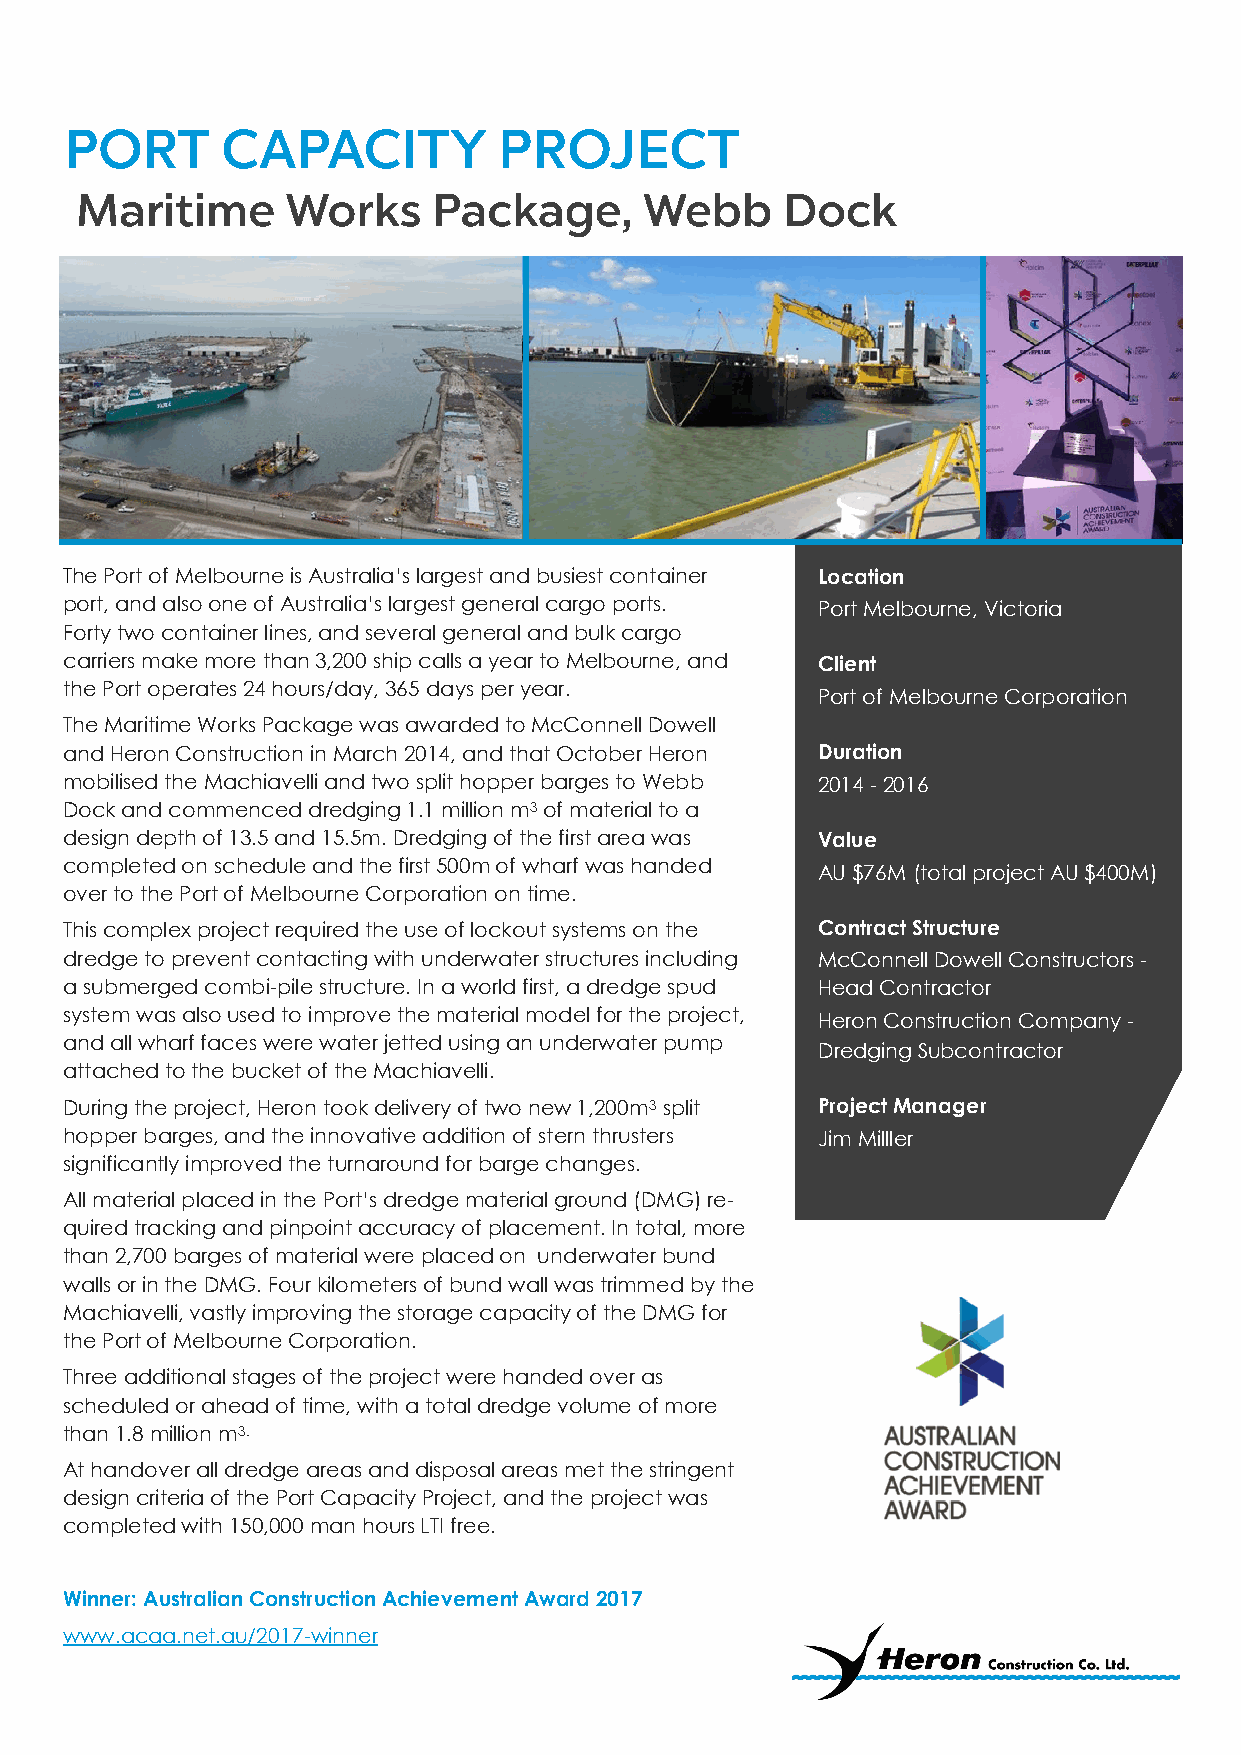
The Port of Melbourne is Australia’s largest and busiest container Location
 port, and also one of Australia’s largest general cargo ports. Port Melbourne, Victoria
 Forty two container lines, and several general and bulk cargo
 carriers make more than 3,200 ship calls a year to Melbourne, and Client
 the Port operates 24 hours/day, 365 days per year.
 Port of Melbourne Corporation
 The Maritime Works Package was awarded to McConnell Dowell
 and Heron Construction in March 2014, and that October Heron Duration
 mobilised the Machiavelli and two split hopper barges to Webb 2014 - 2016
 Dock and commenced dredging 1.1 million m3 of material to a
 design depth of 13.5 and 15.5m. Dredging of the first area was Value
 completed on schedule and the first 500m of wharf was handed
 AU $76M (total project AU $400M)
 over to the Port of Melbourne Corporation on time.
 This complex project required the use of lockout systems on the Contract Structure
 dredge to prevent contacting with underwater structures including McConnell Dowell Constructors -
 a submerged combi-pile structure. In a world first, a dredge spud Head Contractor
 system was also used to improve the material model for the project, Heron Construction Company -
 and all wharf faces were water jetted using an underwater pump
 Dredging Subcontractor
 attached to the bucket of the Machiavelli.
 During the project, Heron took delivery of two new 1,200m3 split Project Manager
 hopper barges, and the innovative addition of stern thrusters Jim Milller
 significantly improved the turnaround for barge changes.
 All material placed in the Port’s dredge material ground (DMG) re-
 quired tracking and pinpoint accuracy of placement. In total, more
 than 2,700 barges of material were placed on underwater bund
 walls or in the DMG. Four kilometers of bund wall was trimmed by the
 Machiavelli, vastly improving the storage capacity of the DMG for
 the Port of Melbourne Corporation.
 Three additional stages of the project were handed over as
 scheduled or ahead of time, with a total dredge volume of more
 than 1.8 million m3.
 At handover all dredge areas and disposal areas met the stringent
 design criteria of the Port Capacity Project, and the project was
 completed with 150,000 man hours LTI free.
 Winner: Australian Construction Achievement Award 2017
 www.acaa.net.au/2017-winner